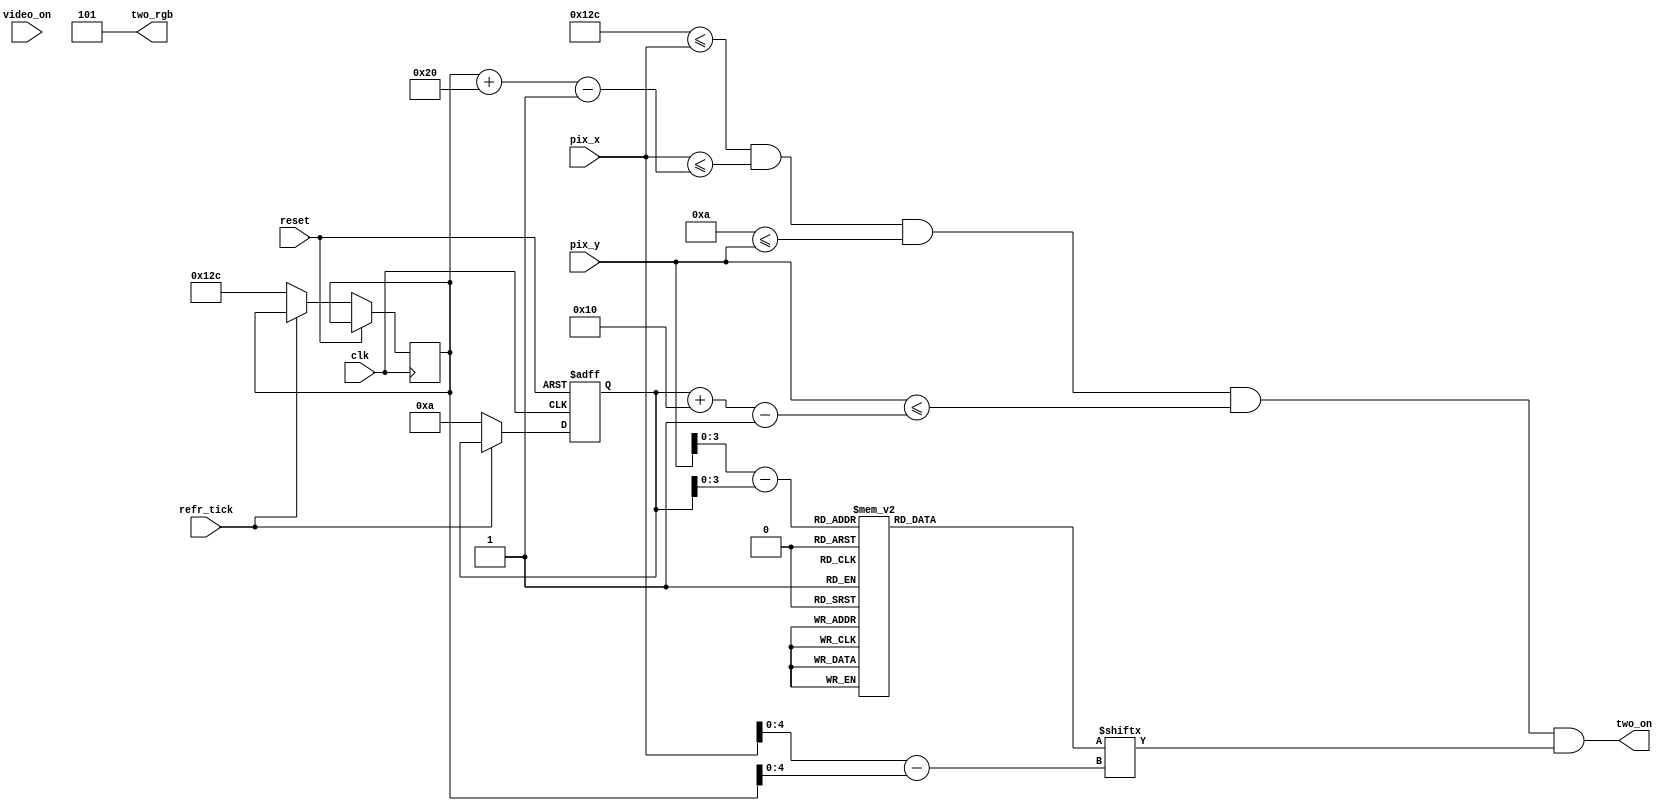
module Two_2(clk, reset,video_on, refr_tick,pix_x,pix_y,two_on,two_rgb);
    input clk, reset;
    input video_on, refr_tick;
    input [9:0] pix_x;
    input [9:0] pix_y;
    output two_on;
    output [2:0] two_rgb;

  
  //--------------------------------------------
   // Two Logo
   //--------------------------------------------
   wire [3:0] Two_rom_addr; 
	wire [4:0] Two_rom_col;
   reg [31:0] Two_rom_data;
   wire Two_rom_bit,Two_Logo_on, Logo_on ;
   //--------------------------------------------
   // Two Logo Positioning
   //--------------------------------------------
   // Logo Position left, Top boundary
   localparam Two_X_L = 300;
	localparam Two_X_R = 331;
   localparam Two_X_T = 10;
	localparam Two_X_B = 25;
   
   localparam Two_Logo_x = 32;
   localparam Two_Logo_y = 16;

	 // Two left, right boundary
   wire [9:0] Two_x_l, Two_x_r;
   // Two top, bottom boundary
   wire [9:0] Two_y_t, Two_y_b;
   // reg to track left, top position
   reg [9:0] Two_x_reg, Two_y_reg;
   wire [9:0] Two_x_next, Two_y_next; 

	// body
   //--------------------------------------------
   // Two Logo
   //--------------------------------------------
   always @*
   case (Two_rom_addr)
      6'h0: Two_rom_data = 32'b00000000000011111111100000000000; //   ****
      6'h1: Two_rom_data = 32'b00000000001111111111110000000000; //  ******
      6'h2: Two_rom_data = 32'b00000000011100000000111000000000; // ********
      6'h3: Two_rom_data = 32'b00000000011100000000011100000000; // ********
      6'h4: Two_rom_data = 32'b00000000001110000000001100000000; // ********
      6'h5: Two_rom_data = 32'b00000000000111000000000000000000; // ********
      6'h6: Two_rom_data = 32'b00000000000011100000000000000000; //  ******
      6'h7: Two_rom_data = 32'b00000000000001110000000000000000; //   ****
	 6'h8: Two_rom_data = 32'b00000000000001110000000000000000; //   ****
      6'h9: Two_rom_data = 32'b00000000000000011100000000000000; //  ******
      6'hA: Two_rom_data = 32'b00000000000000001110000000000000; // ********
      6'hB: Two_rom_data = 32'b00000000000000000111000000000000; // ********
      6'hC: Two_rom_data = 32'b00000000000000000011100000000000; // ********
      6'hD: Two_rom_data = 32'b00000000000000000001110000000000; // ********
      6'hE: Two_rom_data = 32'b00000000011111111111111000000000; //  ******
      6'hF: Two_rom_data = 32'b00000000011111111111111000000000; //   ****

   endcase

    //------------------------------------------
	 // Register for Two logo
	 //------------------------------------------
	  // registers
   always @(posedge clk, posedge reset)
      if (reset)
         begin
           
			Two_y_reg <= 0;
            
         end
      else
         begin
            
		   	Two_x_reg <= Two_x_next;
		   	Two_y_reg <= Two_y_next;
            
         end


	//--------------------------------------------
   // Two Logo
   //--------------------------------------------
   // boundary
   assign Two_x_l = Two_x_reg;
   assign Two_y_t = Two_y_reg;
   assign Two_x_r = Two_x_l + Two_Logo_x - 1;
   assign Two_y_b = Two_y_t + Two_Logo_y - 1;
   // pixel within logo
   assign Logo_on =
            (Two_X_L<=pix_x) && (pix_x<=Two_x_r) &&
            (Two_X_T<=pix_y) && (pix_y<=Two_y_b);

	  //assign Logo_on =
     //       (Two_x_l<=Two_X_L) && (pix_x<=Two_x_r) &&
     //       (Two_y_t<=Two_X_T) && (pix_y<=Two_y_b);
   // map current pixel location to ROM addr/col
   assign Two_rom_addr = pix_y[3:0] - Two_y_t[3:0];
   assign Two_rom_col = pix_x[4:0] - Two_x_l[4:0];
   assign Two_rom_bit = Two_rom_data[Two_rom_col];
   // pixel within logo
   assign two_on = (Logo_on & Two_rom_bit);
   assign two_rgb = 3'b101; 
   
   //  assign Two_x_next = (refr_tick)?  Two_x_reg + 1'b1:Two_x_reg;
   //	 assign Two_y_next = (refr_tick) ? Two_y_reg + 1'b1:Two_y_reg;
   assign Two_x_next = (refr_tick) ?  Two_x_reg: Two_X_L;
   assign Two_y_next = (refr_tick) ? Two_y_reg : Two_X_T ;



endmodule